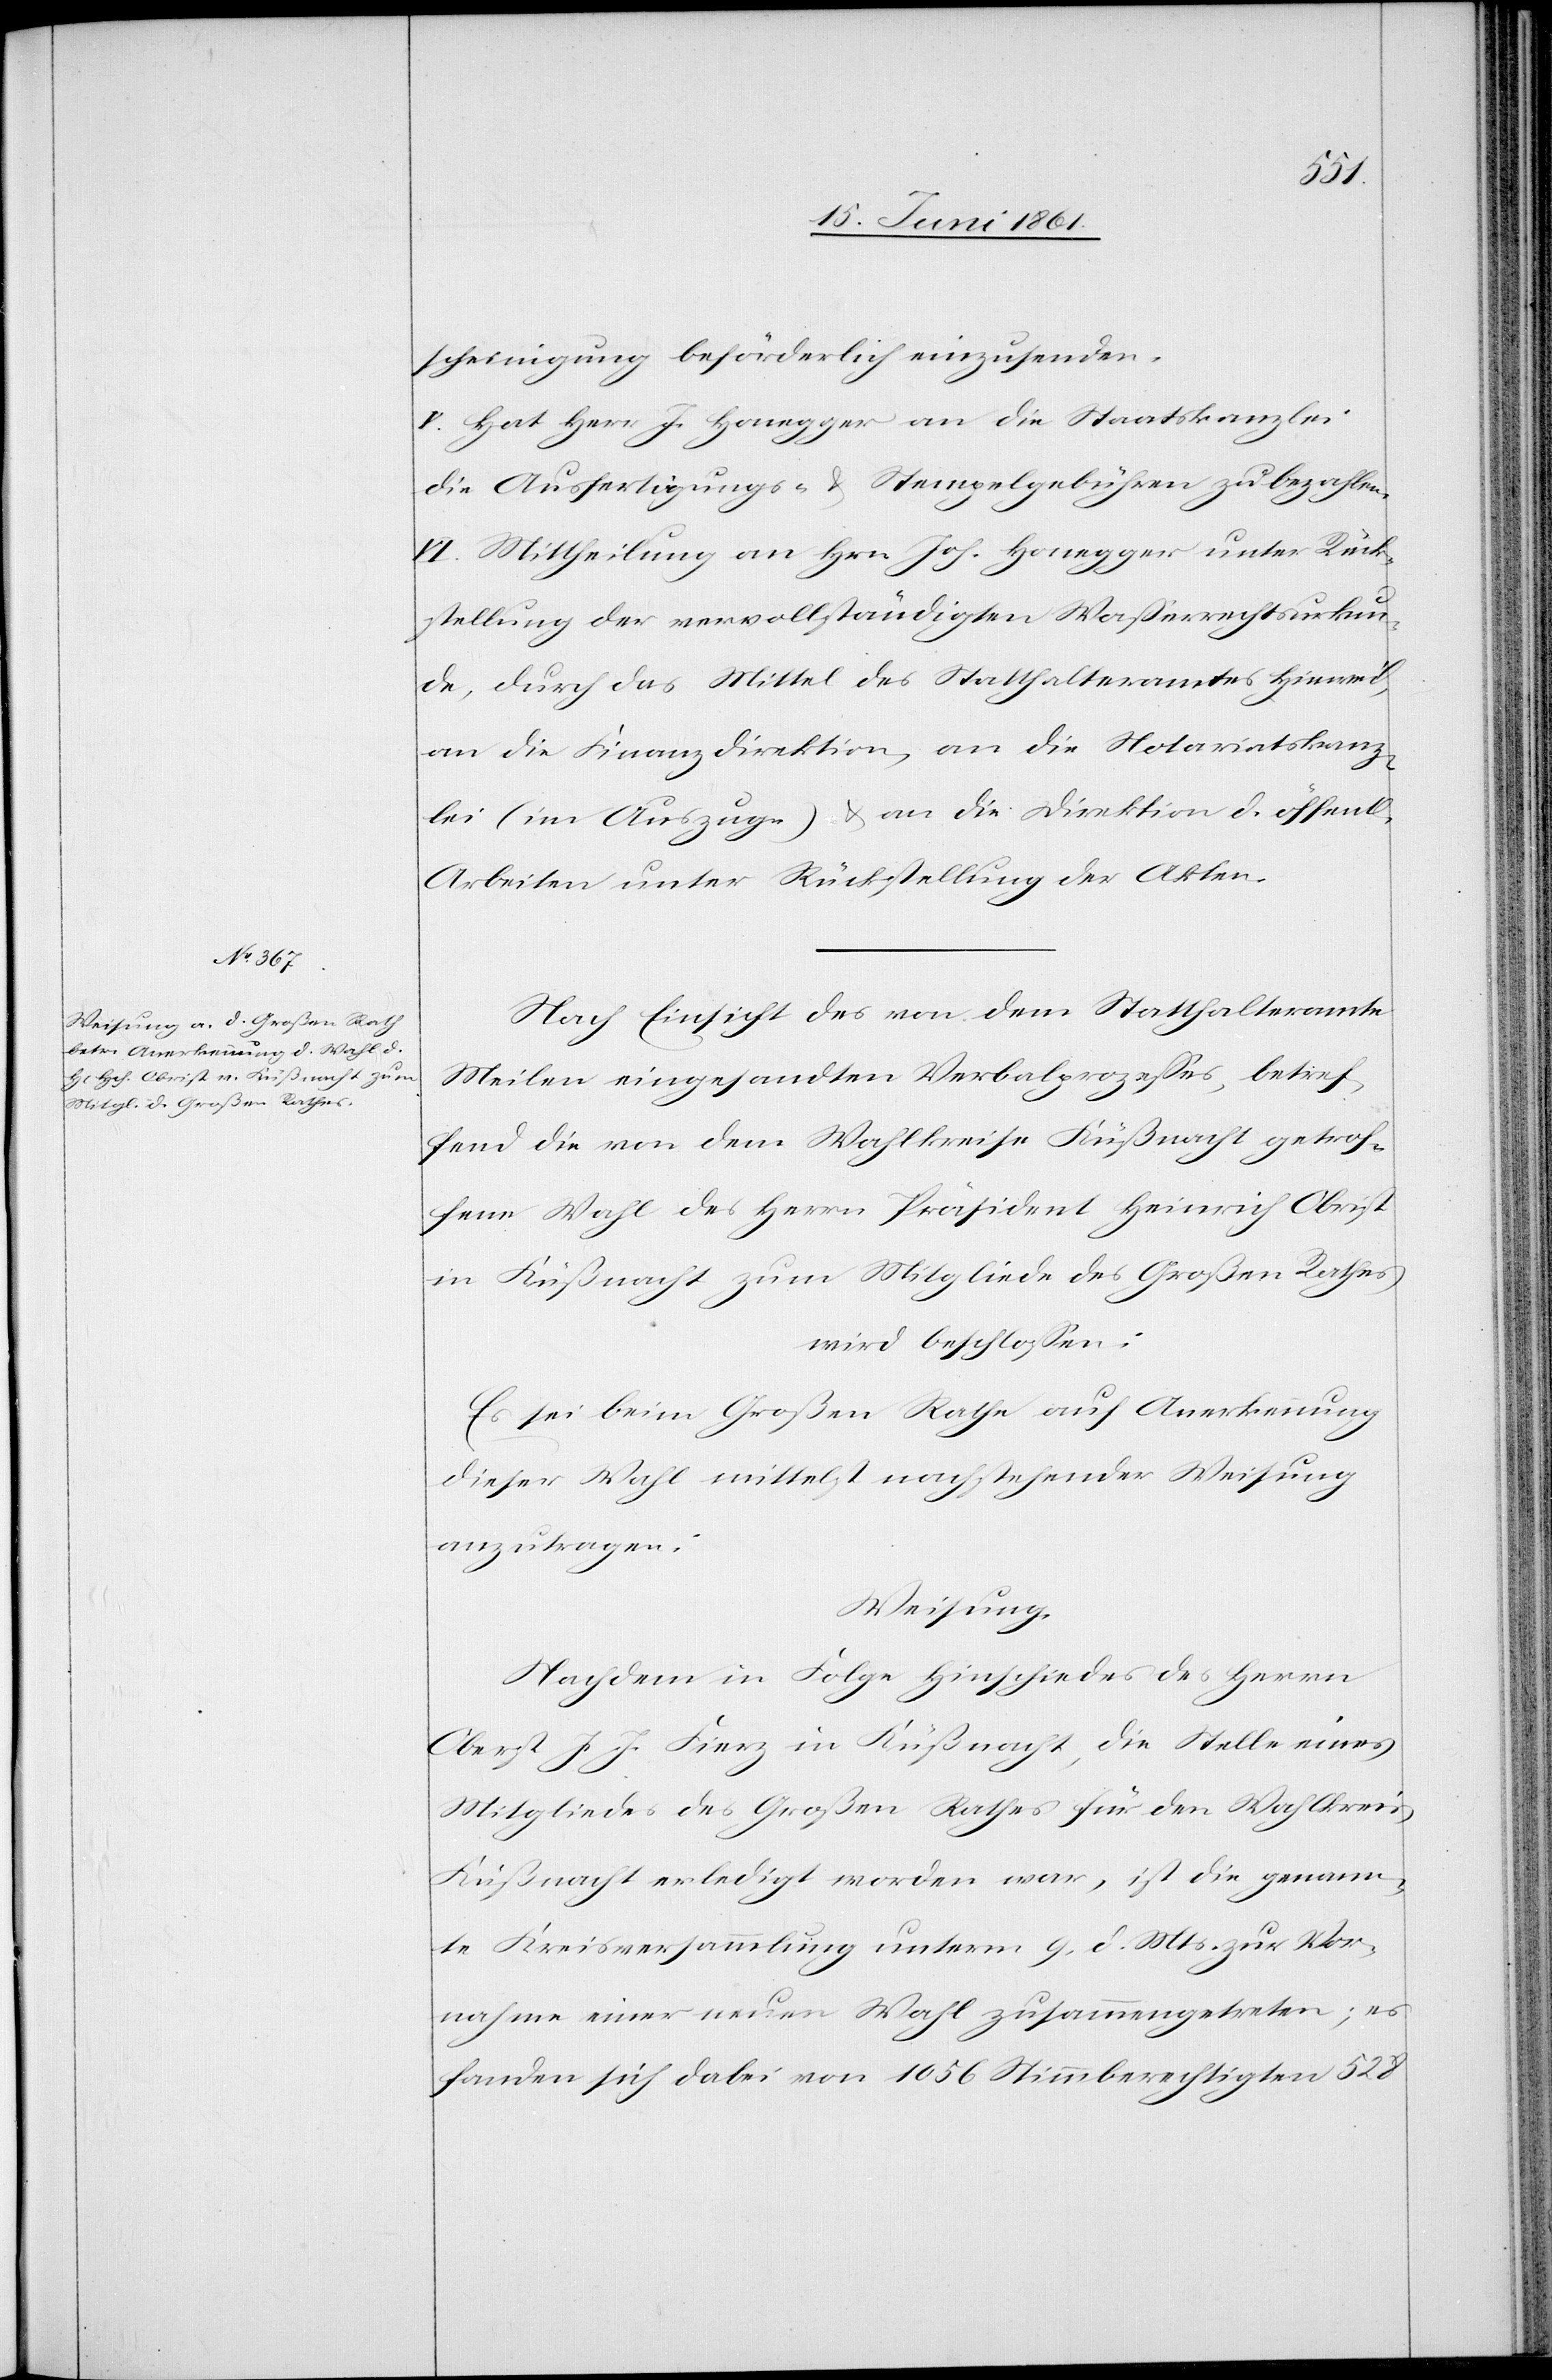
scheinigung beförderlich einzusenden.
V. Hat Herr J. Honegger an die Staatskanzlei
die Ausfertigungs- u. Stempelgebühren zu bezahlen.
VI. Mittheilung an Hrn. Joh. Honegger unter Rück¬
stellung der vervollständigen Wasserrechtsurkun¬
de, durch das Mittel des Statthalteramtes Hinweil,
an die Finanzdirektion, an die Notariatskanz¬
lei (im Auszuge) u. an die Direktion d. öffentl.
Arbeiten unter Rückstellung der Akten.
Nach Einsicht des von dem Statthalteramte
Meilen eingesandten Verbalprozesses, betref¬
fend die von dem Wahlkreise Küßnacht getrof¬
fene Wahl des Herrn Präsident Heinrich Obrist
in Küßnacht zum Mitgliede des Großen Rathes
wird beschlossen:
Es sei beim Großen Rathe auf Anerkennung
dieser Wahl mittelst nachstehender Weisung
anzutragen:
Weisung:
Nachdem in Folge Hinschiedes des Herrn
Oberst J. J. Fierz in Küßnacht, die Stelle eines
Mitgliedes des Großen Rathes für den Wahlkreis
Küßnacht erledigt worden war, ist die genann¬
te Kreisversammlung unterm 9. d. Mts. zur Vor¬
nahme einer neuen Wahl zusammengetreten, es
fanden sich dabei von 1056 Stimmberechtigten 528